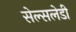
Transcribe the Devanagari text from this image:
सेल्सलेडी